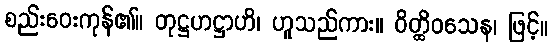
စည်းဝေးကုန်၏။ တုဋ္ဌဟဋ္ဌာဟိ၊ ဟူသည်ကား။ ဝိတ္ထိဝသေန၊ ဖြင့်။